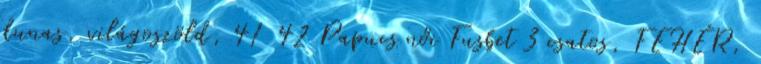
dunas, világoszöld, 41 42 Papucs női Fusbet 3 csatos, FEHÉR,